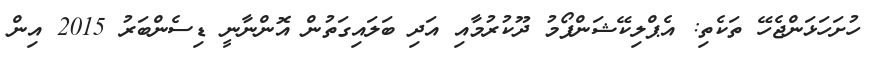
ހުށަހަޅަންޖެހޭ ތަކެތި: އެޕްލިކޭޝަންފޯމު ދޫކުރުމާއި އަދި ބަލައިގަތުން އޮންނާނީ ޑިސެންބަރު 2015 އިން